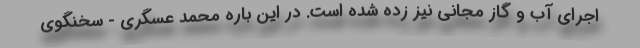
اجرای آب و گاز مجانی نیز زده شده است. در این باره محمد عسگری - سخنگوی